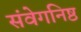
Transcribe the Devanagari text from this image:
संवेगनिष्ठ